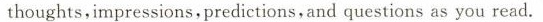
thoughts,impressions,predictions,and questions as you read.